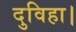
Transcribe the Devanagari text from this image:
दुविहा।